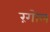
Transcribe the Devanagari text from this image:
रंगोल